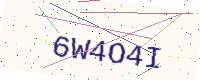
Text: 6W4O4I